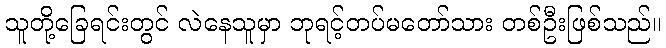
သူတို့ခြေရင်းတွင် လဲနေသူမှာ ဘုရင့်တပ်မတော်သား တစ်ဦးဖြစ်သည်။